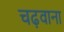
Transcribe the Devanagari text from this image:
चढ़वाना